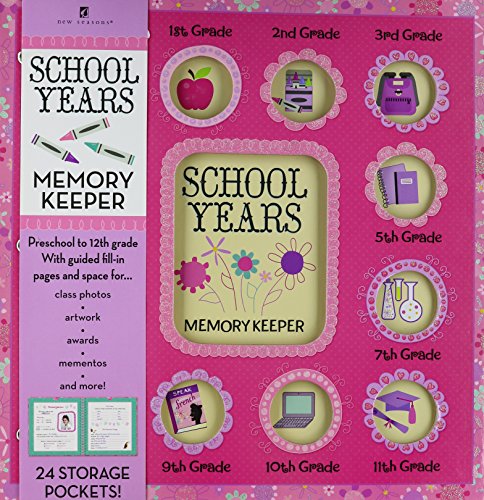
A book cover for School Years Memory Keeper Pink Modern Floral; Crafts, Hobbies & Home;